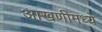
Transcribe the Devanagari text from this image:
आखणीमध्ये